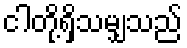
ငါတို့ရှိသမျှသည်